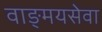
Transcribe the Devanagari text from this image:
वाङ्‌मयसेवा